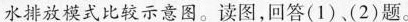
水排放模式比较示意图。读图，回答（1）（2）题。